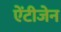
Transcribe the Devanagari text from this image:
ऐंटीजेन